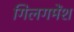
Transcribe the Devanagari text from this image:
गिलगमेंश